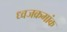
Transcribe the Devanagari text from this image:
ध्वजक्रमांक